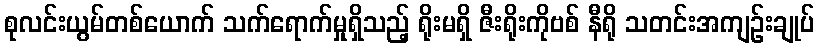
စုလင်းယွမ်တစ်ယောက် သက်ရောက်မှုရှိသည့် ရိုးမရှိ ဇီးရိုးကိုဗစ် နီရို သတင်းအကျဉ်းချုပ်